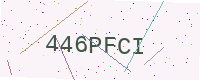
Text: 446PFCI